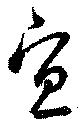
宜